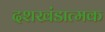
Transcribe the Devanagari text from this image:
दशखंडात्मक